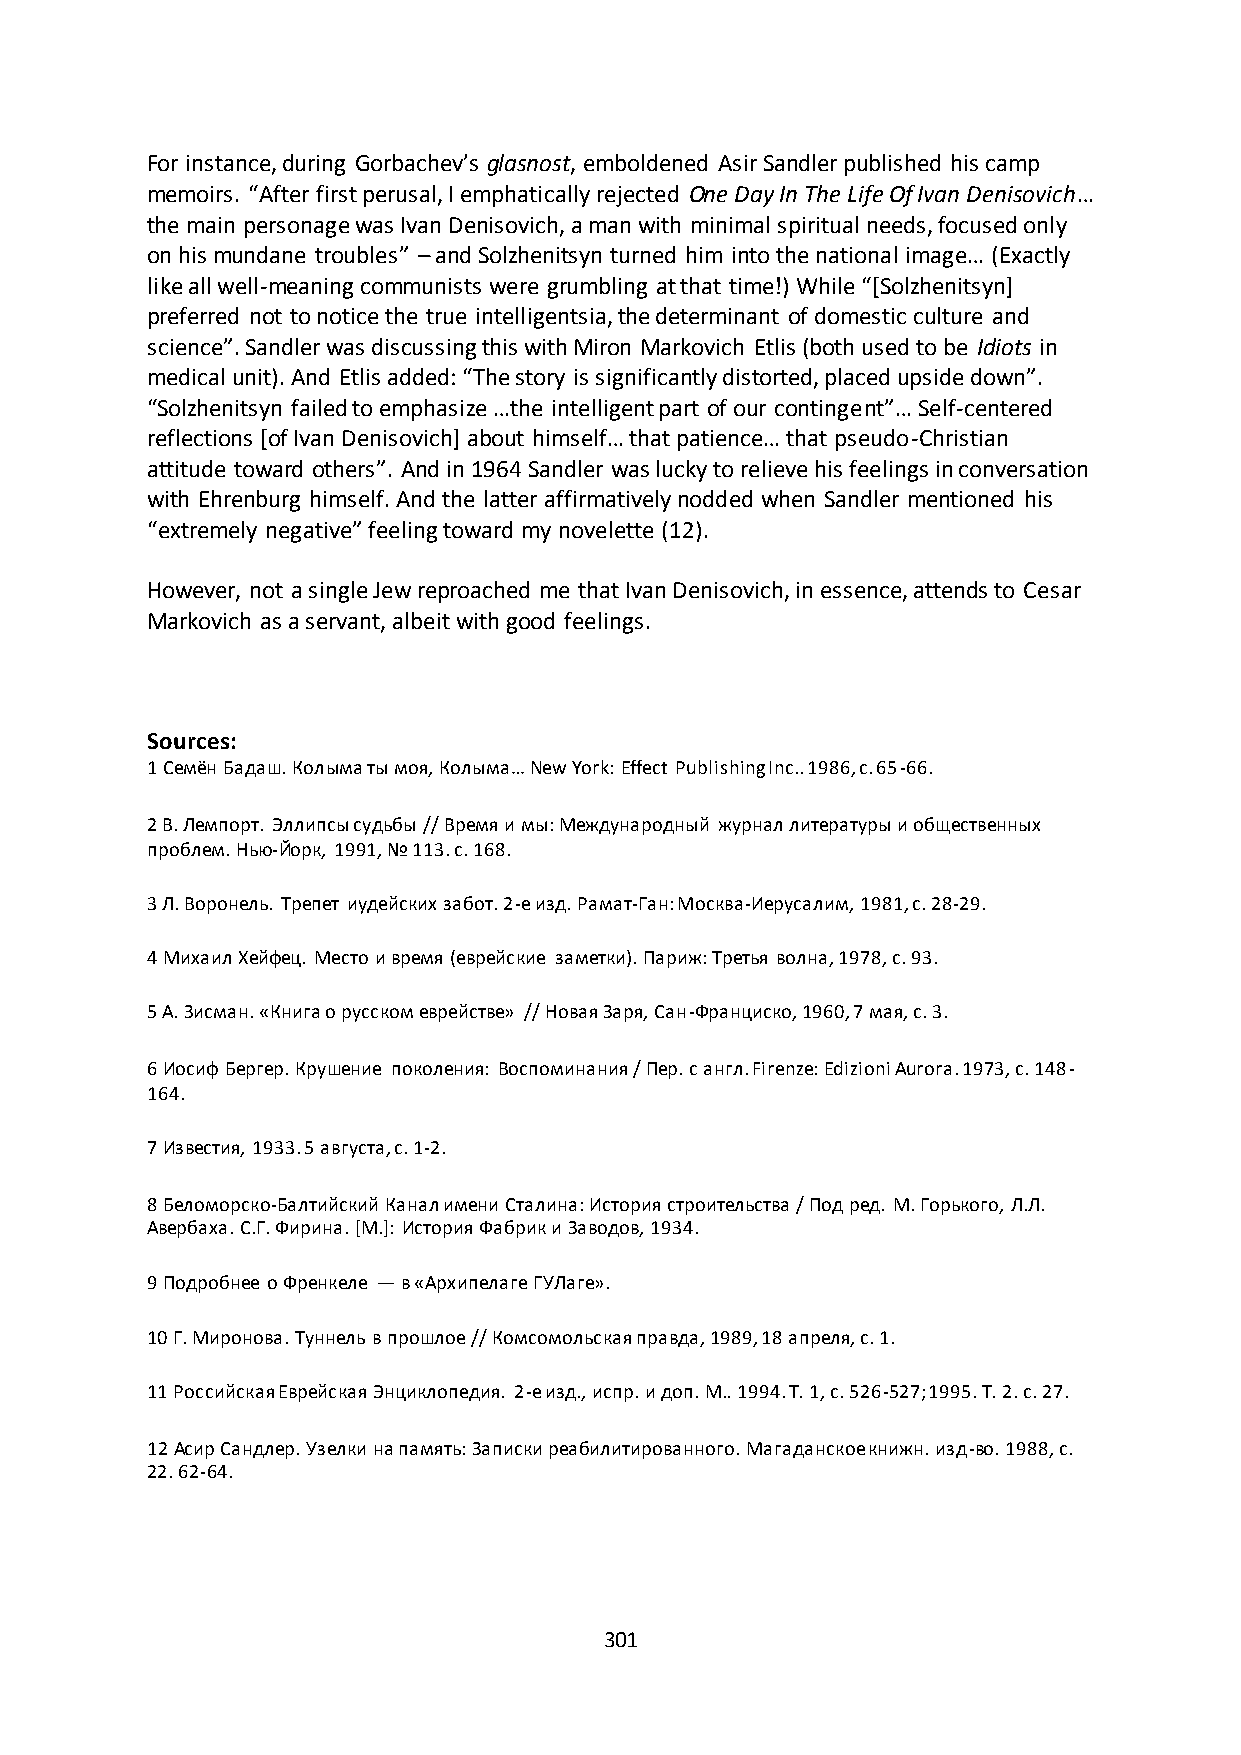
For instance, during Gorbachev’s glasnost, emboldened Asir Sandler published his camp
 memoirs. “After first perusal, I emphatically rejected One Day In The Life Of Ivan Denisovich…
 the main personage was Ivan Denisovich, a man with minimal spiritual needs, focused only
 on his mundane troubles” – and Solzhenitsyn turned him into the national image… (Exactly
 like all well-meaning communists were grumbling at that time!) While “*Solzhenitsyn+
 preferred not to notice the true intelligentsia, the determinant of domestic culture and
 science”. Sandler was discussing this with Miron Markovich Etlis (both used to be Idiots in
 medical unit). And Etlis added: “The story is significantly distorted, placed upside down”.
 “Solzhenitsyn failed to emphasize …the intelligent part of our contingent”… Self-centered
 reflections *of Ivan Denisovich+ about himself… that patience… that pseudo-Christian
 attitude toward others”. And in 1964 Sandler was lucky to relieve his feelings in conversation
 with Ehrenburg himself. And the latter affirmatively nodded when Sandler mentioned his
 “extremely negative” feeling toward my novelette (12).
 However, not a single Jew reproached me that Ivan Denisovich, in essence, attends to Cesar
 Markovich as a servant, albeit with good feelings.
 Sources:
 1 Семён Бадаш. Колыма ты моя, Колыма… New York: Effect Publishing Inc.. 1986, с. 65-66.
 2 В. Лемпорт. Эллипсы судьбы // Время и мы: Международный журнал литературы и общественных
 проблем. Нью-Йорк, 1991, № 113. с. 168.
 3 Л. Воронель. Трепет иудейских забот. 2-е изд. Рамат-Ган: Москва-Иерусалим, 1981, с. 28-29.
 4 Михаил Хейфец. Место и время (еврейские заметки). Париж: Третья волна, 1978, с. 93.
 5 А. Зисман. «Книга о русском еврействе» // Новая Заря, Сан-Франциско, 1960, 7 мая, с. 3.
 6 Иосиф Бергер. Крушение поколения: Воспоминания / Пер. с англ. Firenze: Edizioni Aurora. 1973, с. 148-
 164.
 7 Известия, 1933. 5 августа, с. 1-2.
 8 Беломорско-Балтийский Канал имени Сталина: История строительства / Под ред. М. Горького, Л.Л.
 Авербаха. С.Г. Фирина. *М.+: История Фабрик и Заводов, 1934.
 9 Подробнее о Френкеле — в «Архипелаге ГУЛаге».
 10 Г. Миронова. Туннель в прошлое // Комсомольская правда, 1989, 18 апреля, с. 1.
 11 Российская Еврейская Энциклопедия. 2-е изд., испр. и доп. М.. 1994. Т. 1, с. 526-527; 1995. Т. 2. с. 27.
 12 Асир Сандлер. Узелки на память: Записки реабилитированного. Магаданское книжн. изд-во. 1988, с.
 22. 62-64.
 301